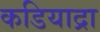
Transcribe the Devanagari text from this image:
कडियाद्रा